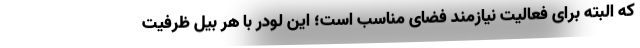
که البته برای فعالیت نیازمند فضای مناسب است؛ این لودر با هر بیل ظرفیت